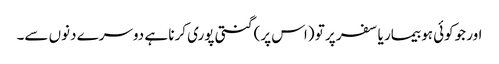
اور جوکوئی ہو بیمار یا سفر پر تو (اس پر) گنتی پوری کرنا ہے دوسرے دنوں سے۔